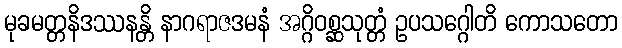
မုခမတ္တနိဒဿနန္တိ နာဂရာဇဒမနံ အဂ္ဂိဝစ္ဆသုတ္တံ ဥပသဂ္ဂေါတိ ကောသတော